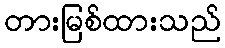
တားမြစ်ထားသည်